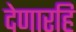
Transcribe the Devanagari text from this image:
देणारहि